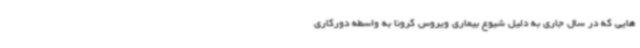
هایی که در سال جاری به دلیل شیوع بیماری ویروس کرونا به واسطه دورکاری